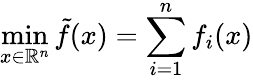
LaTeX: \operatorname*{min}_{x\in\mathbb{R}^{n}}\tilde{f}(x)=\sum_{i=1}^{n}f_{i}(x)